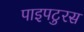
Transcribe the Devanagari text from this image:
पाइपटुरस